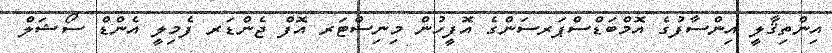
އިންތިޤާލީ އިންސާފުގެ އޮމްބަޑްސްޕަރސަންގެ އޮފީހުން މިނިސްޓަރ އޮފް ޖެންޑަރ ފެމިލީ އެންޑް ސޯޝަލް